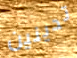
تدينين